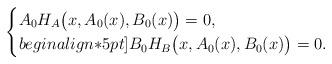
LaTeX: \begin{align*} \begin{cases} A_0 H_A\big(x,A_0(x),B_0(x)\big)=0, \\begin{align*}5pt] B_0H_B\big(x,A_0(x),B_0(x)\big)=0. \end{cases}\end{align*}